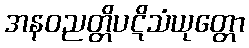
အနဝညတ္တိပဋိသံယုတ္တော